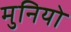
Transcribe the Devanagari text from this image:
मुनियो